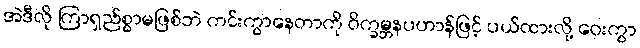
အဲဒီလို ကြာရှည်စွာမဖြစ်ဘဲ ကင်းကွာနေတာကို ဝိက္ခမ္ဘနပဟာန်ဖြင့် ပယ်ထားလို့ ဝေးကွာ